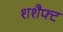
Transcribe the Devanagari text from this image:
शशैफ्ट